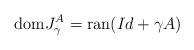
LaTeX: \begin{align*}\mathrm{dom}J^A_\gamma=\mathrm{ran}(Id+\gamma A)\end{align*}